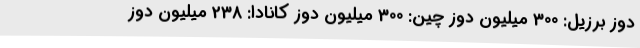
دوز برزیل: 300 میلیون دوز چین: 300 میلیون دوز کانادا: 238 میلیون دوز